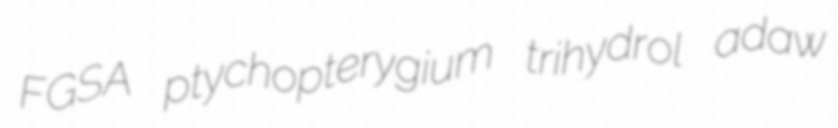
FGSA ptychopterygium trihydrol adaw